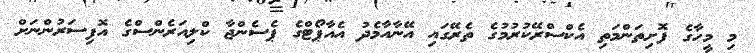
މި މީހާގެ ފޮށިތަންމަތި އެކްސްރޭކުރުމުގެ ތެރޭގައި އޭނާއާމެދު އެއާޕޯޓްގެ ޕެސެންޖާ ކްލިއަރެންސްގެ އޮފިސަރުންނަށް